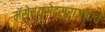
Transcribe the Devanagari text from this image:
मॅसेच्युसेट्सराज्याचे